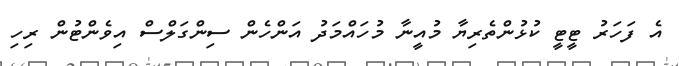
އެ ފަހަރު ޓީޓީ ކުޅުންތެރިޔާ މުއީނާ މުހައްމަދު އަންހެން ސިންގަލްސް އިވެންޓުން ރިހި